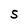
Character: S